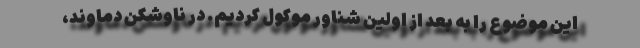
این موضوع را به بعد از اولین شناور موکول کردیم. در ناوشکن دماوند،